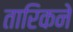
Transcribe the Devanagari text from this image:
तारिकने